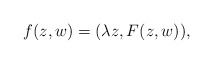
\begin{align*}f(z,w)=(\lambda z, F(z,w)),\end{align*}